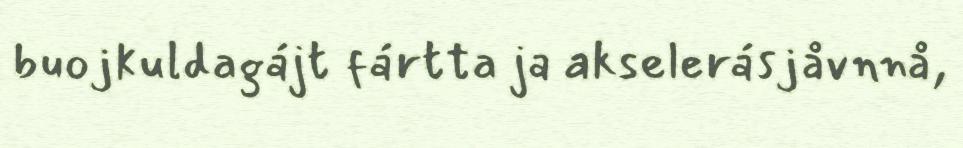
buojkuldagájt fártta ja akselerásjåvnnå,